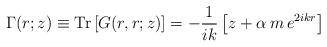
LaTeX: \begin{align*}\Gamma(r;z)\equiv {\rm Tr}\left[G(r,r;z)\right]= -\frac{1}{ik}\left[z+\alpha\, m\, e^{2ikr}\right]\end{align*}